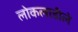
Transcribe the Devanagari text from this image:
लोकलाडीले